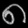
Digit: ၈